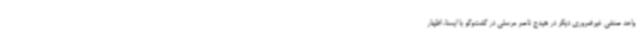
واحد صنفی غیرضروری دیگر در هیدج ناصر مرسلی در گفت‌وگو با ایسنا، اظهار